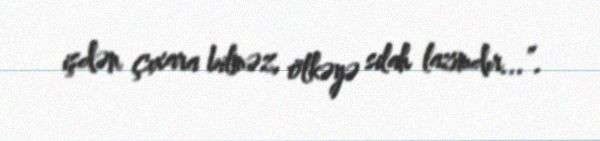
işdən çıxara bilməz, ölkəyə silah lazımdır...”.